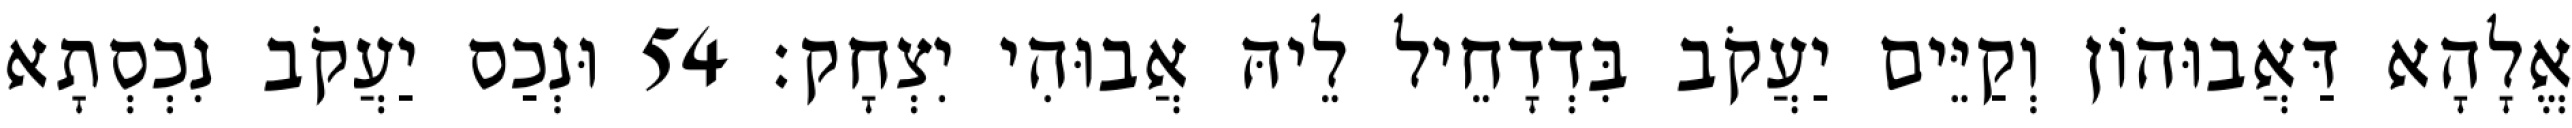
אֱלָהָא דַּאֲבוּהוֹן וְקַיֵּים יַעֲקֹב בִּדְדָחֵיל לֵיהּ אֲבוּהִי יִצְחָק׃ 54 וּנְכַס יַעֲקֹב נִכְסְתָא